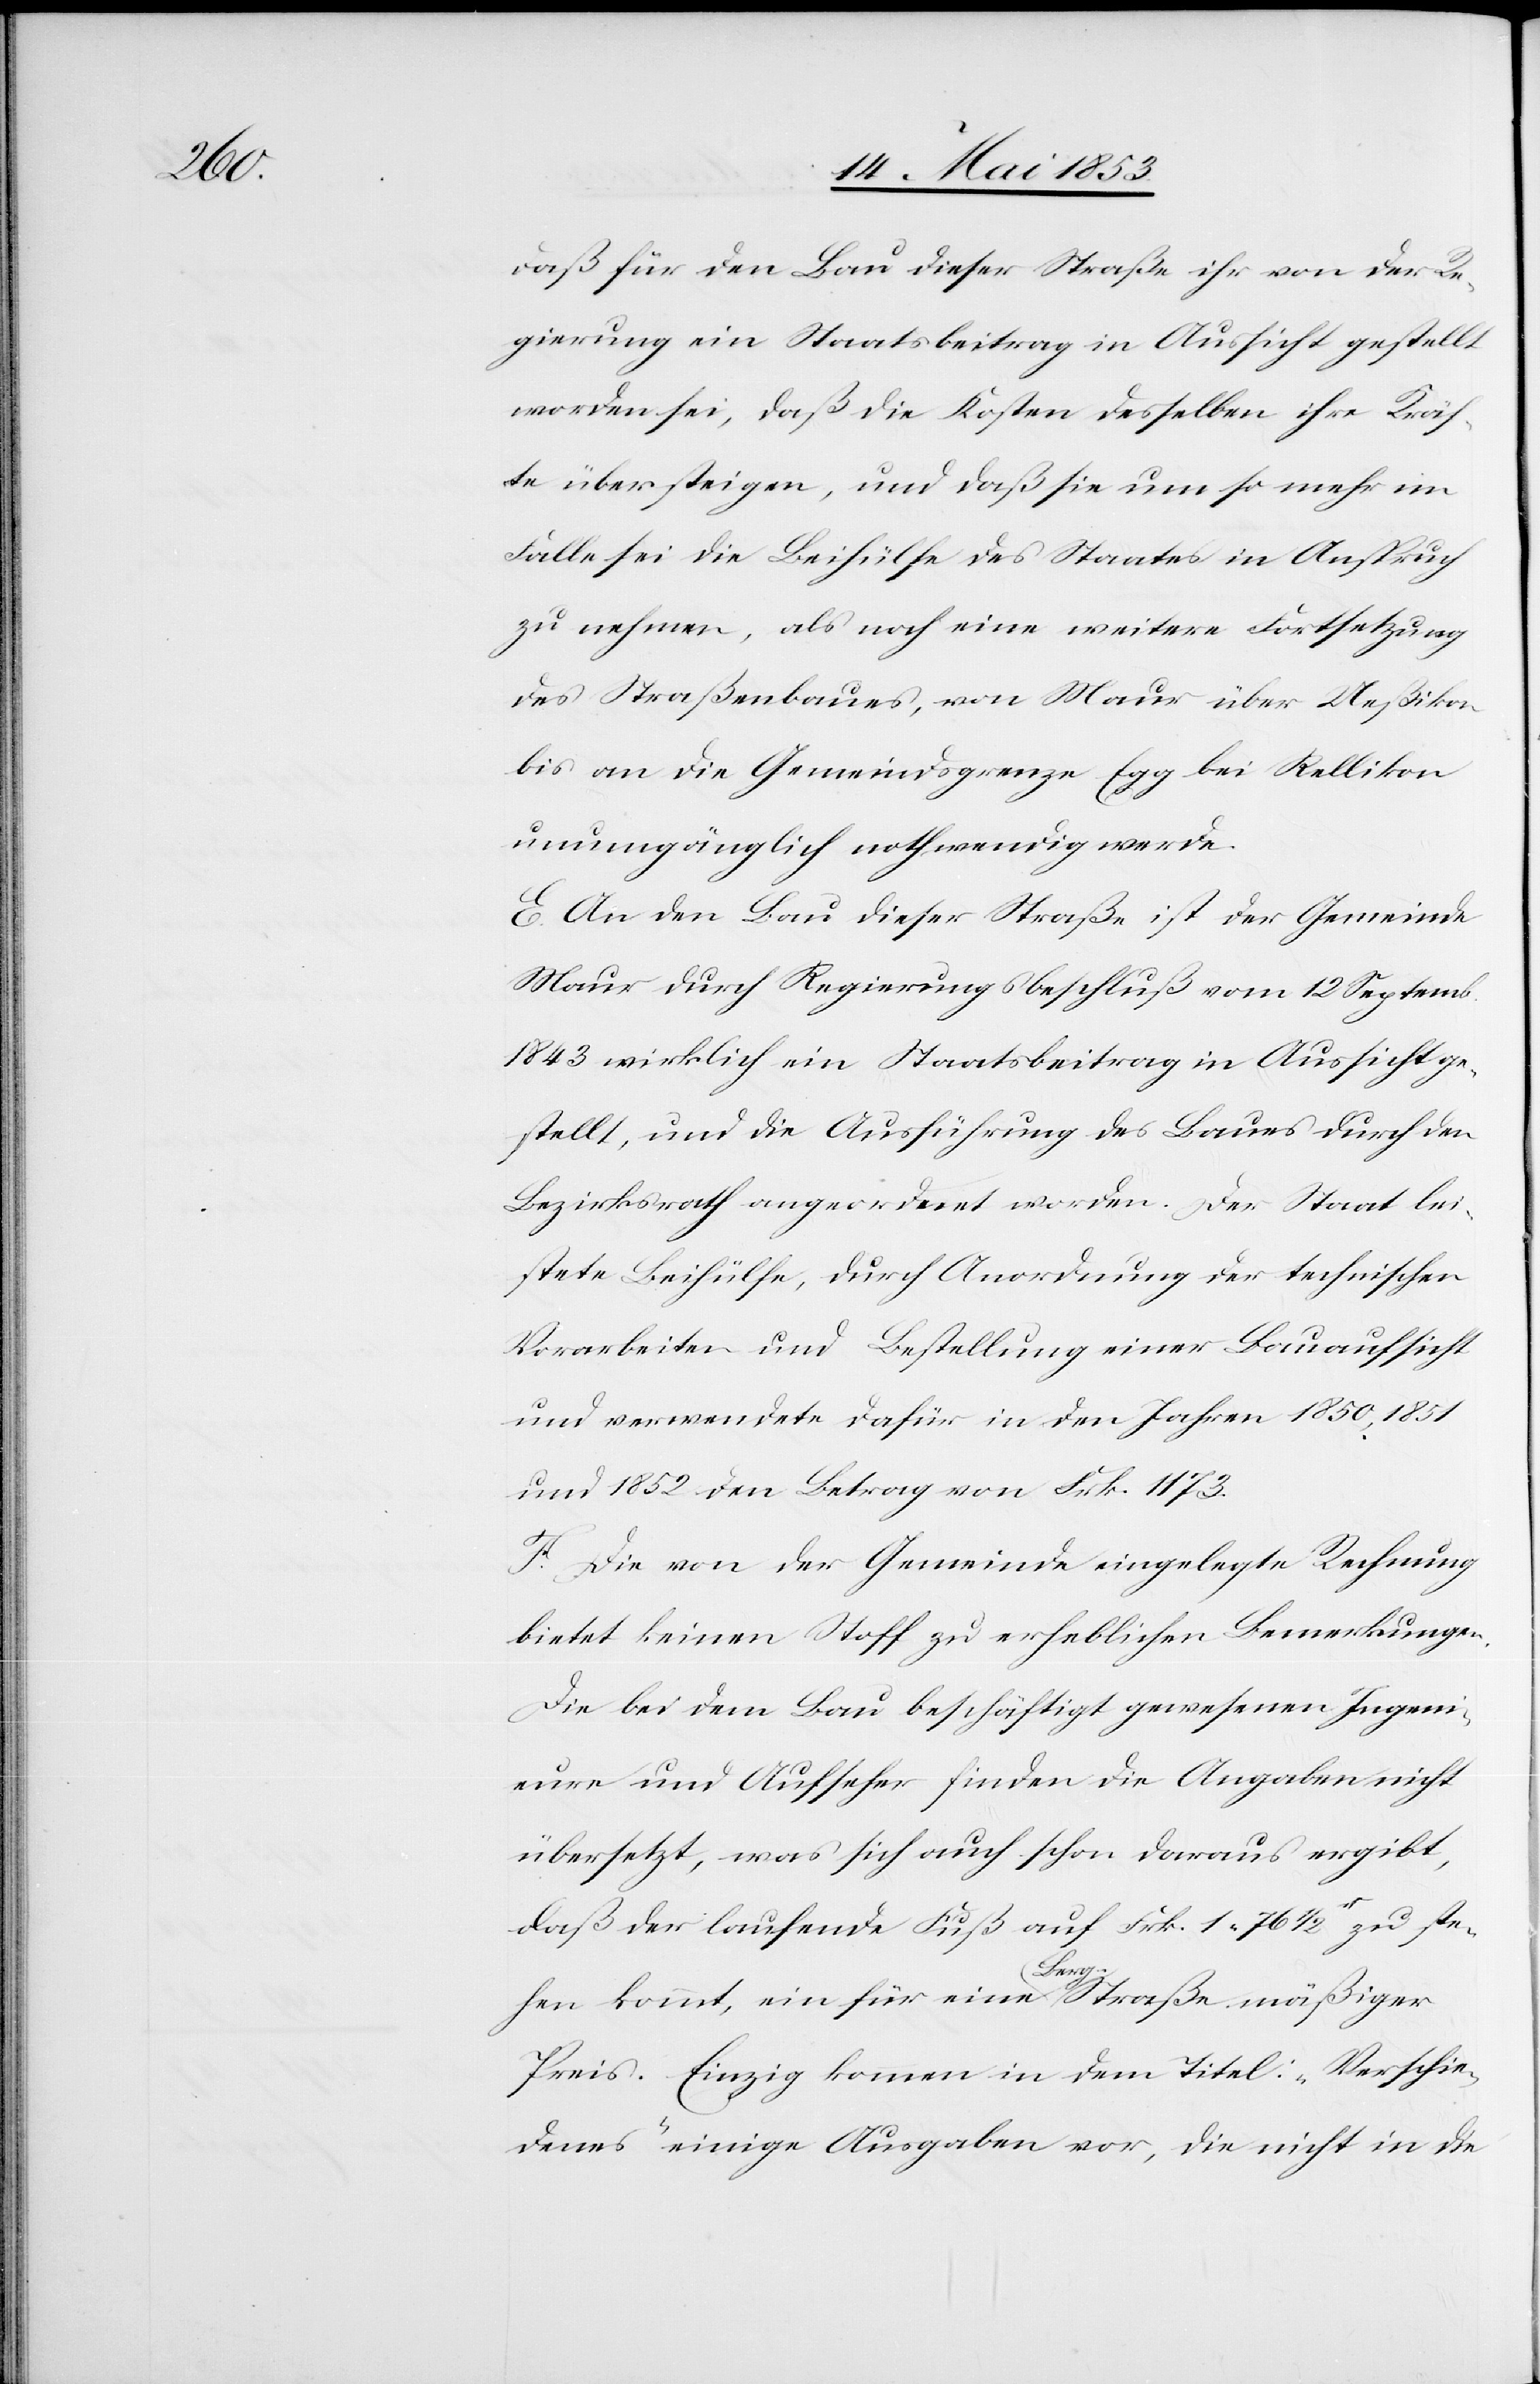
daß für den Bau dieser Straße ihr von der Re¬
gierung ein Staatsbeitrag in Aussicht gestellt
worden sei, daß die Kosten desselben ihre Kräf¬
te übersteigen, und daß sie um so mehr im
Falle sei die Beihülfe des Staates in Anspruch
zu nehmen, als noch eine weitere Fortsetzung
des Straßenbaues, von Maur über Rußikon
bis an die Gemeindsgrenze Egg bei Rellikon
unumgänglich nothwendig werde.
E. An den Bau dieser Straße ist der Gemeinde
Maur durch Regierungsbeschluß vom 12 Septemb.
1843 wirklich ein Staatsbeitrag in Aussicht ge¬
stellt, und die Ausführung des Baues durch den
Bezirksrath angeordnet worden. Der Staat lei¬
stete Beihülfe, durch Anordnung der technischen
Vorarbeiten und Bestellung einer Bauaufsicht
und verwendet dafür in den Jahren 1850, 1851
und 1852 den Betrag von Frk. 1173.
F. Die von der Gemeinde eingelegte Rechnung
bietet keinen Stoff zu erheblichen Bemerkungen.
Die bei dem Bau beschäftigt gewesenen Ingeni¬
eure und Aufseher finden die Angaben nicht
übersetzt, was sich auch schon daraus ergibt,
daß der laufende Fuß auf Frk. 1. 76 1/2r zu ste¬
hen kommt, ein für einen Berg-Straße mäßiger
Preis. Einzig kommen in dem Titel: „Verschie¬
denes“ einige Ausgaben vor, die nicht in die